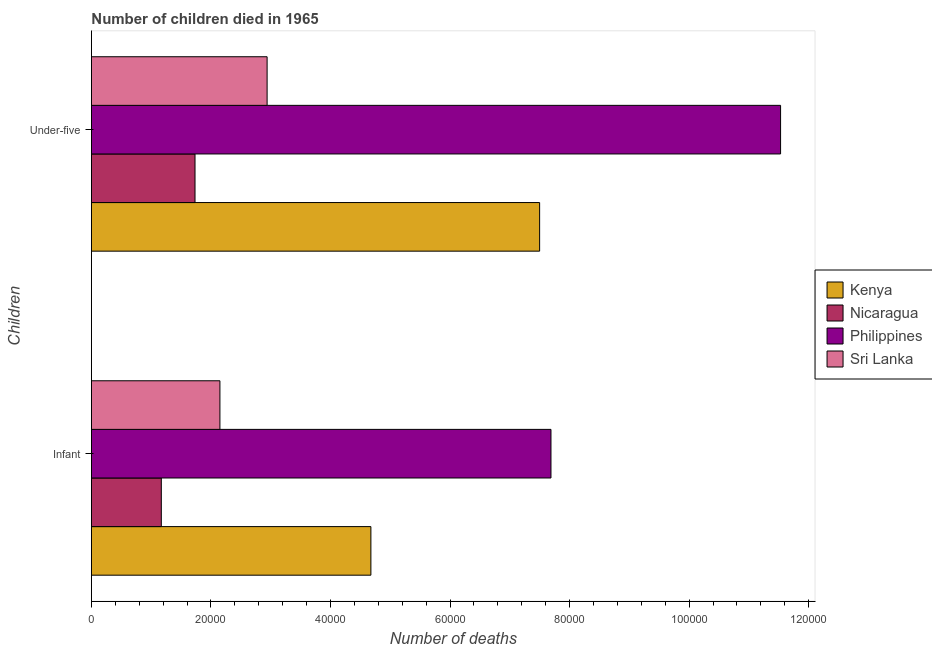
| Children | Kenya | Nicaragua | Philippines | Sri Lanka |
 | --- | --- | --- | --- | --- |
 | Infant | 4.68e+04 | 1.17e+04 | 7.69e+04 | 2.15e+04 |
 | Under-five | 7.5e+04 | 1.73e+04 | 1.15e+05 | 2.94e+04 |